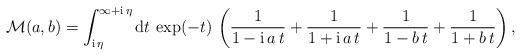
LaTeX: \begin{align*}{\cal M}(a,b) =\int_{{\mathrm i}\,\eta}^{\infty + {\mathrm i}\,\eta} {\mathrm d}t\, \exp(-t) \,\left( \frac{1}{1 - {\mathrm i}\, a \,t} + \frac{1}{1 + {\mathrm i}\, a \,t} +\frac{1}{1 - b \,t} + \frac{1}{1 + b \,t}\right),\end{align*}